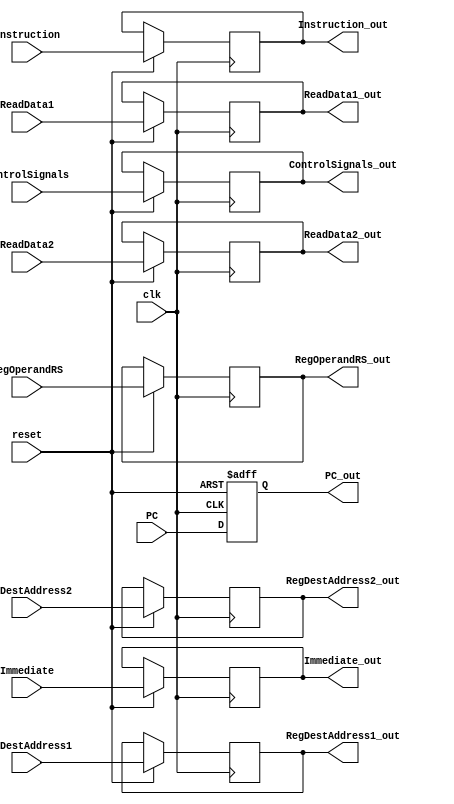
module Register_ID_EX
(
	/* ---------------------- INPUTS ----------------------*/
	input clk,
	input reset,
	
	input [4:0]	RegDestAddress1,
	input [4:0] RegDestAddress2,
	input [4:0] RegOperandRS,
	input [31:0] Immediate,
	
	/*Data for ALU*/
	input [31:0] ReadData1,
	input [31:0] ReadData2,
	
	input [31:0] Instruction,
	input [31:0] PC,
	
	/*Control signals for ID/EX*/
	/* Without Jr, Jal, Jump, Bne, Beq, these signals wont be used 
	   in Memory Stage*/
	input [10:0] ControlSignals,
	
	/* ---------------------- OUTPUTS ----------------------*/

	output reg [4:0] RegDestAddress1_out,
	output reg [4:0] RegDestAddress2_out,
	output reg [31:0] Immediate_out,
	output reg [4:0] RegOperandRS_out,
	
	/*Data for ALU*/
	output reg [31:0] ReadData1_out,
	output reg [31:0] ReadData2_out,
	
	output reg [31:0] Instruction_out,
	output reg [31:0] PC_out,
	
	/*Control signals for ID/EX*/
	output reg [10:0] ControlSignals_out
);

always@(negedge reset or posedge clk) begin
	if(reset==0)
		begin
		PC_out <= 0;
		end
	else	
		begin
		RegDestAddress1_out <= RegDestAddress1;
	   RegDestAddress2_out <= RegDestAddress2;
		Immediate_out <= Immediate;
		
	/*Data for ALU*/
		ReadData1_out <= ReadData1;
		ReadData2_out <= ReadData2;
		
		Instruction_out <= Instruction;
		PC_out <= PC;
		
	/*Control signals for ID/EX*/
		ControlSignals_out <= ControlSignals;
	
	/* Operand RS for forwarding unit */
		RegOperandRS_out <= RegOperandRS;

		end
		
end	
endmodule